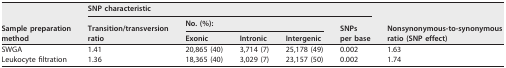
<table><thead><tr><td rowspan="3"><b>Sample preparation method</b></td><td colspan="5"><b>SNP characteristic</b></td><td rowspan="3"><b>Nonsynonymous-to-synonymous ratio (SNP effect)</b></td></tr><tr><td rowspan="2"><b>Transition/transversion ratio</b></td><td colspan="3"><b>No. (%):</b></td><td rowspan="2"><b>SNPs per base</b></td></tr><tr><td><b>Exonic</b></td><td><b>Intronic</b></td><td><b>Intergenic</b></td></tr></thead><tbody><tr><td>SWGA</td><td>1.41</td><td>20,865 (40)</td><td>3,714 (7)</td><td>25,178 (49)</td><td>0.002</td><td>1.63</td></tr><tr><td>Leukocyte filtration</td><td>1.36</td><td>18,365 (40)</td><td>3,029 (7)</td><td>23,157 (50)</td><td>0.002</td><td>1.74</td></tr></tbody></table>